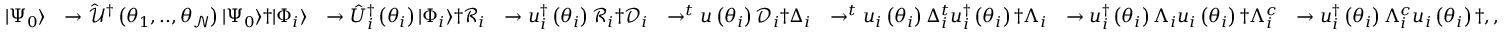
\begin{array} { r l r l r l r l } { \vert \Psi _ { 0 } \rangle } & { \rightarrow \hat { \mathcal { U } } ^ { \dagger } \left( \theta _ { 1 } , . . , \theta _ { \mathcal { N } } \right) \vert \Psi _ { 0 } \rangle \dag \vert \Phi _ { i } \rangle } & { \rightarrow \hat { U } _ { i } ^ { \dagger } \left( \theta _ { i } \right) \vert \Phi _ { i } \rangle \dag \mathcal { R } _ { i } } & { \rightarrow u _ { i } ^ { \dagger } \left( \theta _ { i } \right) \mathcal { R } _ { i } \dag \mathcal { D } _ { i } } & { \rightarrow ^ { t } u \left( \theta _ { i } \right) \mathcal { D } _ { i } \dag \Delta _ { i } } & { \rightarrow ^ { t } u _ { i } \left( \theta _ { i } \right) \Delta _ { i } ^ { t } u _ { i } ^ { \dagger } \left( \theta _ { i } \right) \dag \Lambda _ { i } } & { \rightarrow u _ { i } ^ { \dagger } \left( \theta _ { i } \right) \Lambda _ { i } u _ { i } \left( \theta _ { i } \right) \dag \Lambda _ { i } ^ { c } } & { \rightarrow u _ { i } ^ { \dagger } \left( \theta _ { i } \right) \Lambda _ { i } ^ { c } u _ { i } \left( \theta _ { i } \right) \dag , , } \end{array}